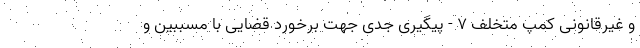
و غیرقانونی کمپ متخلف ۷ - پیگیری جدی جهت برخورد قضایی با مسببین و